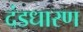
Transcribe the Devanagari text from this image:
दंडधारण